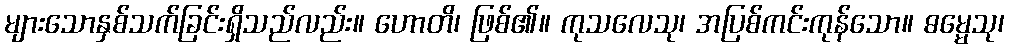
များသောနှစ်သက်ခြင်းရှိသည်လည်း။ ဟောတိ၊ ဖြစ်၏။ ကုသလေသု၊ အပြစ်ကင်းကုန်သော။ ဓမ္မေသု၊